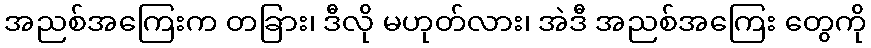
အညစ်အကြေးက တခြား၊ ဒီလို မဟုတ်လား၊ အဲဒီ အညစ်အကြေး တွေကို